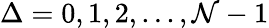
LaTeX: \Delta=0,1,2,...,\mathcal{N}-1